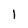
Character: l